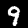
Digit: 9